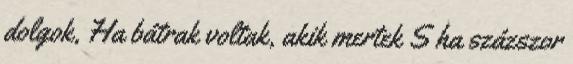
dolgok, Ha bátrak voltak, akik mertek S ha százszor